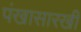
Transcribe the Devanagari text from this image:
पंखासारखी